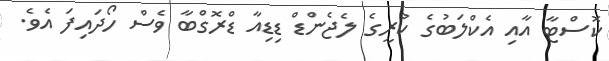
ކޮސްޓާ އާއި އެކްލަބުގެ ކުރީގެ ލެޖެންޑް ޑިޑިއާ ޑްރޮގްބާ ވެސް ހޯދައިފަ އެވެ.